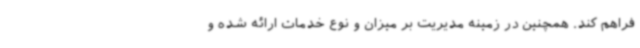
فراهم کند. همچنین در زمینه مدیریت بر میزان و نوع خدمات ارائه شده و